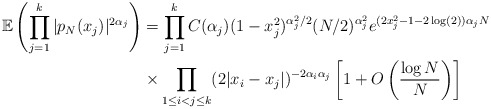
\begin{align*}\mathbb{E}\left(\prod_{j=1}^{k}|p_{N}(x_{j})|^{2\alpha_{j}}\right) &= \prod_{j=1}^{k}C(\alpha_{j})(1-x_{j}^{2})^{\alpha_{j}^{2}/2}(N/2)^{\alpha_{j}^{2}}e^{(2x_{j}^{2}-1-2\log(2))\alpha_{j}N}\\&\times \prod_{1 \leq i < j \leq k}(2|x_{i}-x_{j}|)^{-2\alpha_{i}\alpha_{j}}\left[1+O\left(\frac{\log N}{N}\right)\right] \end{align*}